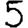
Digit: 5